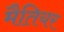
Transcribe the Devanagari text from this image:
मैतियर